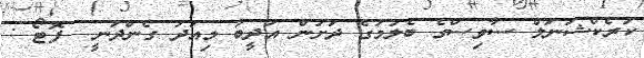
ކަރެކްޝަނަލް ސާވިސްގެ ބެލުމުގެ ދަށުން އަދީބު މިއަދު ގެންދަނީ  ފޮޓޯ :